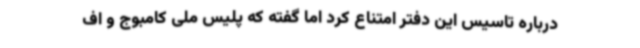
درباره تاسیس این دفتر امتناع کرد اما گفته که پلیس ملی کامبوج و اف